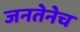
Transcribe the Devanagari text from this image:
जनतेनेच